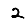
Digit: 2